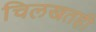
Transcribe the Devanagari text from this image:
चिलखतही